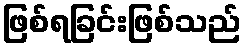
ဖြစ်ရခြင်းဖြစ်သည်